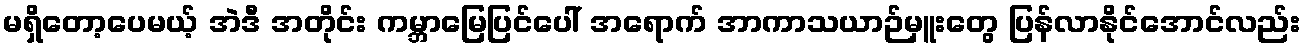
မရှိတော့ပေမယ့် အဲဒီ အတိုင်း ကမ္ဘာမြေပြင်ပေါ် အရောက် အာကာသယာဉ်မှူးတွေ ပြန်လာနိုင်အောင်လည်း